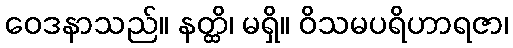
ဝေဒနာသည်။ နတ္ထိ၊ မရှိ။ ဝိသမပရိဟာရဇာ၊